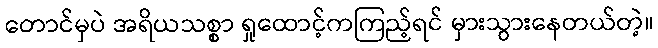
တောင်မှပဲ အရိယသစ္စာ ရှုထောင့်ကကြည့်ရင် မှားသွားနေတယ်တဲ့။